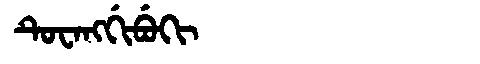
Manchu: ᡨᡠᠸᠠᠩᡤᡳᠪᡠᡴᡳ
Romanization: TUWANGGIBUKI